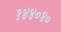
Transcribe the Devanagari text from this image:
१४४०४०